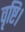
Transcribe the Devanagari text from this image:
वृष्टि।